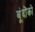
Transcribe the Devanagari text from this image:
बूंदोंको